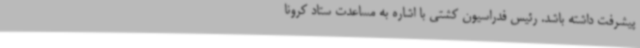
پیشرفت داشته باشد. رئیس فدراسیون کشتی با اشاره به مساعدت ستاد کرونا